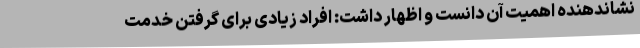
نشاندهنده اهمیت آن دانست و اظهار داشت: افراد زیادی برای گرفتن خدمت